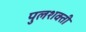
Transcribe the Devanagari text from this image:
पुलशक्ती